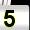
Digit: 5